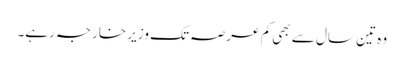
وہ تین سال سے بھی کم عرصہ تک وزیر خارجہ رہے۔